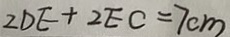
2 D E + 2 E C = 7 c m